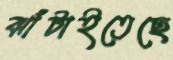
ঝাঁটাইতেছে